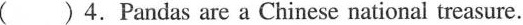
( ) 4.Pandas are a Chinese national treasure.